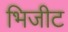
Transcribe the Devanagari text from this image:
भिजीट